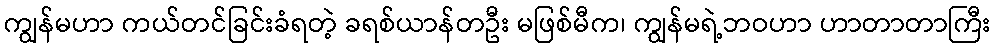
ကျွန်မဟာ ကယ်တင်ခြင်းခံရတဲ့ ခရစ်ယာန်တဦး မဖြစ်မီက၊ ကျွန်မရဲ့ဘဝဟာ ဟာတာတာကြီး